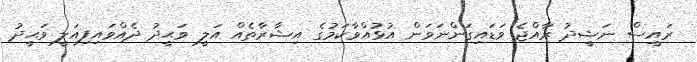
ރައީސް ނަޝީދު ރާއްޖެ ވަޑައިގަންނަވަން އުޅުއްވާކަމުގެ އިޝާރާތެއް އަލީ ވަޙީދު ދެއްވައިފިއަލީ ވަޙީދު